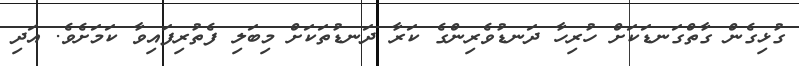
ގުޅިގެން ގާތްގަނޑަކަށް ހުރިހާ ދަނޑުވެރިންގެ ކަރާ ދަނޑުތަކަށް މިބަލި ފެތުރިފައިވާ ކަމަށެވެ. އަދި